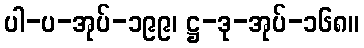
ပါ-ပ-အုပ်-၁၉၉၊ ဋ္ဌ-ဒု-အုပ်-၁၆၈။